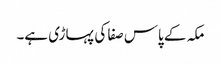
مکہ کے پاس صفا کی پہاڑی ہے۔